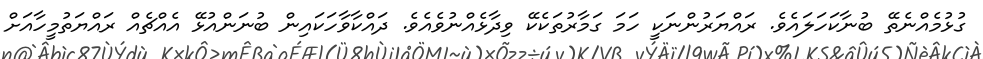
ގުޅުމެއްނެތޭ ބުނާކަހަލައެވެ. ރައްޔަރުންނަކީ ހަމަ ގަމާރުތަކެކޭ ވިދާޅެއްނުވެއެވެ. ދައްކާވާހަކައިން ބުނަންއުޅޭ އެއްޗެއް ރައްޔަތުމީހާއަށް